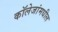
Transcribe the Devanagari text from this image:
कॉलेजांमधील